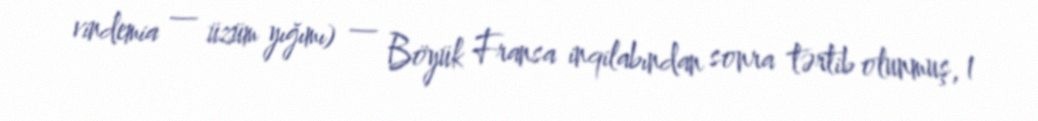
vindemia — üzüm yığımı) — Böyük Fransa inqilabından sonra tərtib olunmuş, 1